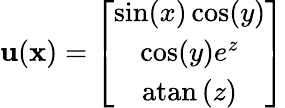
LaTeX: \mathbf{u}(\mathbf{x})=\left[\begin{array}{c}{\sin(x)\cos(y)}\\ {\cos(y)e^{z}}\\ {\mathrm{atan}\left(z\right)}\end{array}\right]